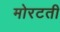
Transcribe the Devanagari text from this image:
मोरटती